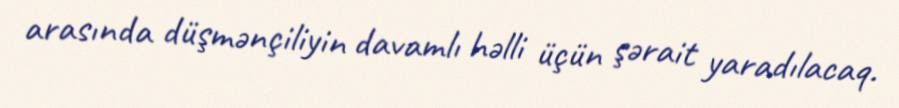
arasında düşmənçiliyin davamlı həlli üçün şərait yaradılacaq.